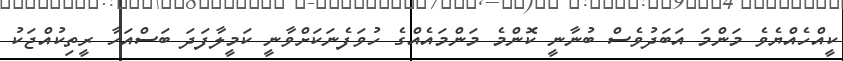
ކީއްހެއްޔެވެ މަންމަ އަބަދުވެސް ބުނާނީ ކޮންމެ މަންމައެއްގެ ހުވަފެނަކަށްވާނީ ކަމީލާފަދަ ބަސްއަހާ ރީތިކުއްޖަކު